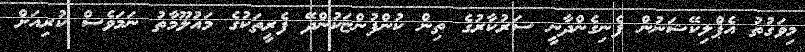
މިވަގުތު އެޕްލިކޭޝަނުން ފެނިގެންދާނީ ސަރުކާރުގެ ތިން ކުންފުންޏަކުންދޭ ފެރީތަކުގެ މައުލޫމާތު ނަމަވެސް ކުރިއަށް